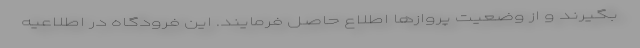
بگیرند و از وضعیت پروازها اطلاع حاصل فرمایند. این فرودگاه در اطلاعیه